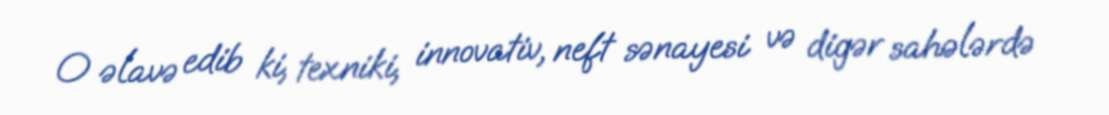
O əlavə edib ki, texniki, innovativ, neft sənayesi və digər sahələrdə